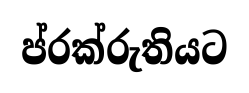
ප්රක්රුතියට